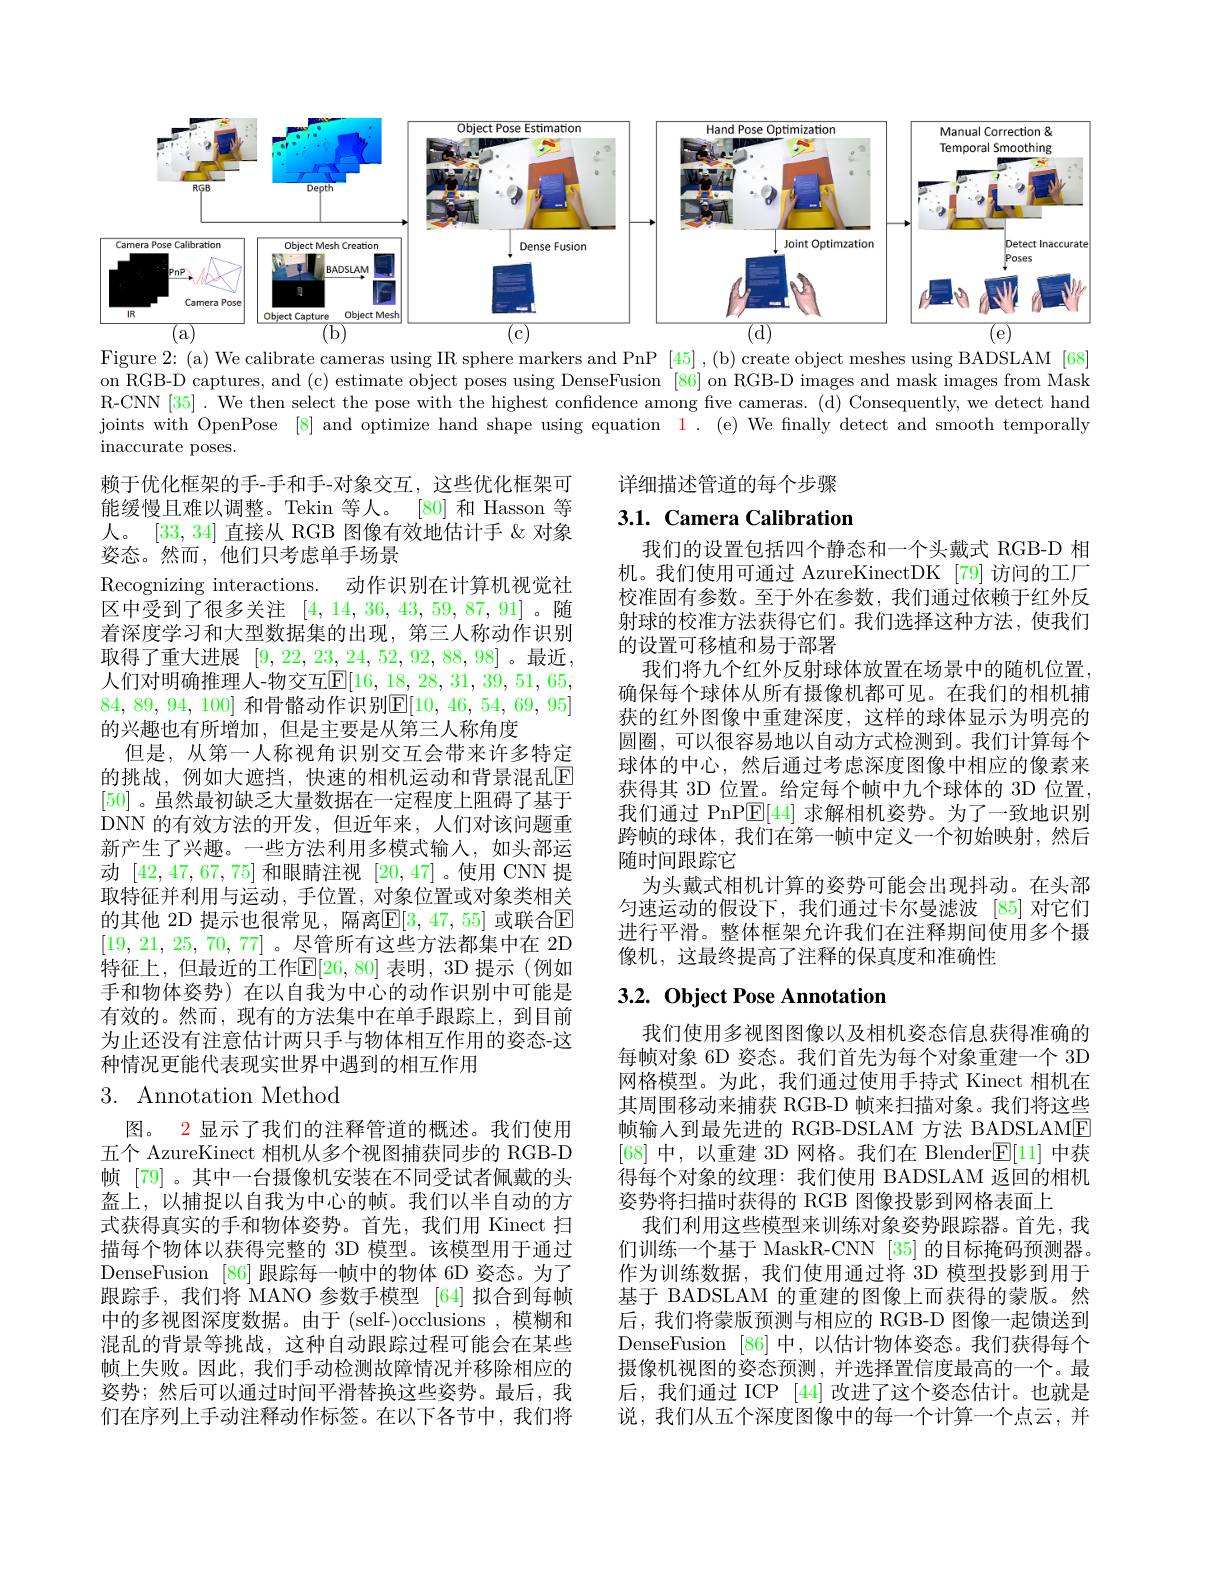
<FigureHere>

Figure 2: (a) We calibrate cameras using IR sphere markers and PnP [45] ,(b) create object meshes using BADSLAM [68] on RGB-D captures, and (c) estimate object poses using DenseFusion [86] on RGB-D images and mask images from Mask R-CNN [35]. We then select the pose with the highest confidence among five cameras. (d) Consequently, we detect hand joints with OpenPose [8] and optimize hand shape using equation $\color{red}1.\:($e) We finally detect and smooth temporally

详细描述管道的每个步骤

# 3.1. Camera Calibration

我们的设置包括四个静态和一个头戴式 RGB-D 相机。我们使用可通过 AzureKinectDK [79]访问的工厂校准固有参数。至于外在参数，我们通过依赖于红外反射球的校准方法获得它们。我们选择这种方法，使我们的设置可移植和易于部署
我们将九个红外反射球体放置在场景中的随机位置， 确保每个球体从所有摄像机都可见。在我们的相机捕获的红外图像中重建深度，这样的球体显示为明亮的圆圈，可以很容易地以自动方式检测到。我们计算每个球体的中心，然后通过考虑深度图像中相应的像素来获得其 3D 位置。给定每个帧中九个球体的 3D 位置， 我们通过 PnP$\underline{\mathrm{E}}[44]$求解相机姿势。为了一致地识别跨帧的球体，我们在第一帧中定义一个初始映射，然后随时间跟踪它
为头戴式相机计算的姿势可能会出现抖动。在头部匀速运动的假设下，我们通过卡尔曼滤波 [85]对它们进行平滑。整体框架允许我们在注释期间使用多个摄像机，这最终提高了注释的保真度和准确性

inaccurate poses.
赖于优化框架的手-手和手-对象交互，这些优化框架可
[80]和 Hasson 等
能缓慢且难以调整。Tekin 等人。
人。[33,34]直接从 RGB 图像有效地估计手 &对象
姿态。然而，他们只考虑单手场景
Recognizing interactions. 动作识别在计算机视觉社区中受到了很多关注[4,14,36,43,59,87,91] 。随着深度学习和大型数据集的出现，第三人称动作识别取得了重大进展[9,22,23,24,52,92,88,98]。最近， 人们对明确推理人-物交互$\overline{\mathrm{E}}[16,18,28,31,39,51,65$, 84, 89, 94, 100] 和骨骼动作识别$\mathbb{E} [ 10$, 46, 54, 69, 95] 的兴趣也有所增加，但是主要是从第三人称角度
但是，从第一人称视角识别交互会带来许多特定的挑战，例如大遮挡，快速的相机运动和背景混乱$\overline{\mathrm{E}}$ [50]。虽然最初缺乏大量数据在一定程度上阻碍了基于DNN 的有效方法的开发，但近年来，人们对该问题重新产生了兴趣。一些方法利用多模式输入，如头部运动[42,47,67,75]和眼睛注视[20,47] 。使用 CNN 提取特征并利用与运动，手位置，对象位置或对象类相关的其他 2D 提示也很常见，隔离$\mathbb{E}[3,47,55]$ 或联合$\mathbb{E}$ [19,21,25,70,77] 。尽管所有这些方法都集中在 2D 特征上，但最近的工作$\mathbb{E}[26,80]$ 表明，3D 提示(例如手和物体姿势)在以自我为中心的动作识别中可能是有效的。然而，现有的方法集中在单手跟踪上，到目前为止还没有注意估计两只手与物体相互作用的姿态-这种情况更能代表现实世界中遇到的相互作用
3. Annotation Method

## $3. 2. \textbf{Object Pose Annotation}$

我们使用多视图图像以及相机姿态信息获得准确的每帧对象 6D 姿态。我们首先为每个对象重建一个 3D 网格模型。为此，我们通过使用手持式 Kinect 相机在其周围移动来捕获 RGB-D 帧来扫描对象。我们将这些帧输入到最先进的 RGB-DSLAM 方法 BADSLAME [68]中，以重建 3D 网格。我们在 Blender$\mathbb{E}[11]$中获得每个对象的纹理：我们使用 BADSLAM 返回的相机姿势将扫描时获得的 RGB 图像投影到网格表面上
我们利用这些模型来训练对象姿势跟踪器。首先，我们训练一个基于 MaskR-CNN [35] 的目标掩码预测器。作为训练数据，我们使用通过将 3D 模型投影到用于基于 BADSLAM 的重建的图像上而获得的蒙版。然后，我们将蒙版预测与相应的 RGB-D 图像一起馈送到DenseFusion [86]中，以估计物体姿态。我们获得每个摄像机视图的姿态预测，并选择置信度最高的一个。最后，我们通过 ICP [44]改进了这个姿态估计。也就是说，我们从五个深度图像中的每一个计算一个点云，并

图。2 显示了我们的注释管道的概述。我们使用五个 AzureKinect 相机从多个视图捕获同步的 RGB-D 帧 [79]。其中一台摄像机安装在不同受试者佩戴的头盔上，以捕捉以自我为中心的帧。我们以半自动的方式获得真实的手和物体姿势。首先，我们用 Kinect 扫描每个物体以获得完整的 3D 模型。该模型用于通过DenseFusion [86] 跟踪每一帧中的物体 6D 姿态。为了跟踪手，我们将 MANO 参数手模型 [64]拟合到每帧中的多视图深度数据。由于(self-)occlusions,模糊和混乱的背景等挑战，这种自动跟踪过程可能会在某些帧上失败。因此，我们手动检测故障情况并移除相应的姿势；然后可以通过时间平滑替换这些姿势。最后，我们在序列上手动注释动作标签。在以下各节中，我们将